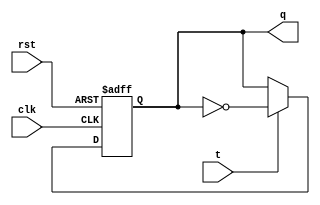
//t flip flop
module T_flipflop(t,clk,rst,q);
    input t,clk,rst;
    output q;
    reg q;
    always @ (negedge rst, posedge clk)
    if (rst==0)
    q=0;
    else if (t==0)
    q=q;
    else if (t==1)
    q=!q;

endmodule